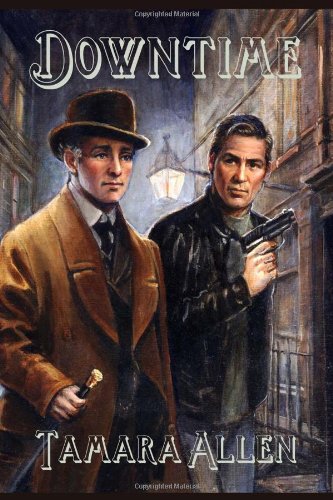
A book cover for Downtime; Tamara Allen; Gay & Lesbian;